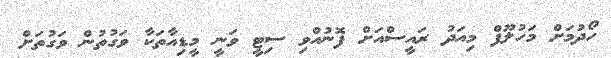
ހޯދުމަށް މަހުލޫފް މިއަދު ރައީސްއަށް ފޮނުއްވި ސިޓީ ވަނީ މީޑިއާތަކާ ވަގުތުން ވަގުތަށް